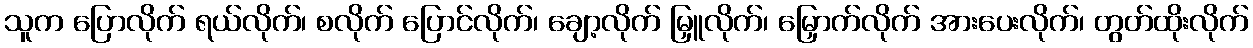
သူက ပြောလိုက် ရယ်လိုက်၊ စလိုက် ပြောင်လိုက်၊ ချော့လိုက် မြှူလိုက်၊ မြှောက်လိုက် အားပေးလိုက်၊ တွတ်ထိုးလိုက်